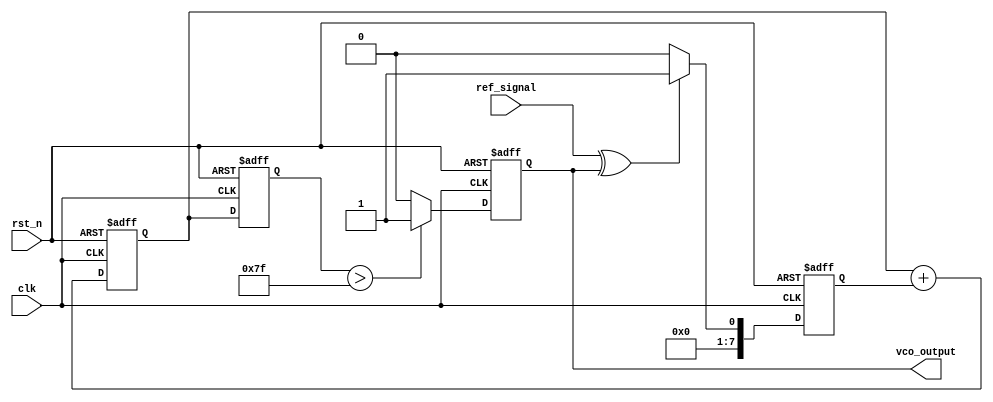
module DPLL (
    input wire clk,            // System clock
    input wire rst_n,         // Active-low reset
    input wire ref_signal,     // Reference signal input
    output reg vco_output      // VCO output signal
);

    // Parameters
    parameter PHASE_WIDTH = 8; // Width of phase error signal
    parameter CONTROL_WIDTH = 8; // Width of control signal for VCO
    parameter MEMORY_SIZE = 16; // Depth of the memory block
    
    // Internal signals
    reg [PHASE_WIDTH-1:0] phase_error;       // Phase error signal
    reg [CONTROL_WIDTH-1:0] control_signal;  // Control signal to VCO
    reg [CONTROL_WIDTH-1:0] vco_freq;        // VCO frequency control
    reg [PHASE_WIDTH-1:0] memory_block [0:MEMORY_SIZE-1]; // Memory block
    reg [3:0] write_pointer;                  // Pointer for writing to memory
    reg [3:0] read_pointer;                   // Pointer for reading from memory
    
    // Phase Detector (Simple edge detection method)
    always @(posedge clk or negedge rst_n) begin
        if (!rst_n) begin
            phase_error <= 0;
        end else begin
            // Calculate phase error based on the reference signal and VCO output
            // Placeholder for demonstration; implement actual phase comparison logic here
            phase_error <= (ref_signal ^ vco_output) ? 1 : 0;
        end
    end
    
    // Loop Filter (Simple proportional filter)
    always @(posedge clk or negedge rst_n) begin
        if (!rst_n) begin
            control_signal <= 0;
        end else begin
            control_signal <= control_signal + phase_error; // Simple filter logic
        end
    end
    
    // Voltage-Controlled Oscillator
    always @(posedge clk or negedge rst_n) begin
        if (!rst_n) begin
            vco_freq <= 0;
            vco_output <= 0;
        end else begin
            // Adjust VCO frequency based on control signal
            vco_freq <= control_signal; // Assumes control_signal directly maps to frequency
            // Placeholder for VCO output signal generation
            vco_output <= (vco_freq > 127) ? 1 : 0; // Simple threshold to simulate VCO output
        end
    end

    // Memory Block for storing phase information
    always @(posedge clk or negedge rst_n) begin
        if (!rst_n) begin
            write_pointer <= 0;
            read_pointer <= 0;
        end else begin
            // Write phase error to memory
            memory_block[write_pointer] <= phase_error;
            write_pointer <= write_pointer + 1;

            // Read from memory for further processing (if needed)
            read_pointer <= read_pointer + 1; // Adjust as necessary based on application
        end
    end
    
endmodule